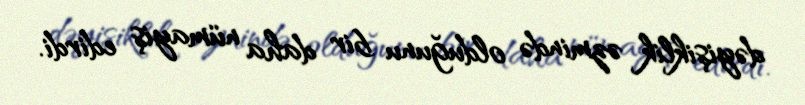
dəyişiklik əzmində olduğunu bir daha nümayiş edirdi.